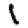
Digit: 1